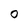
Character: 0